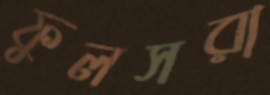
ফুলসরা